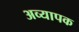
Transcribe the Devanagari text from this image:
अव्यापक